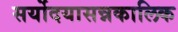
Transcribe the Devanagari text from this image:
सर्योदयासन्नकालिक